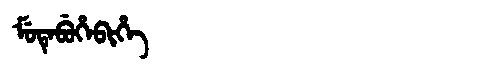
Manchu: ᠮᡠᡨᡝᠪᡠᡥᡝᠪᡳᡥᡝ
Romanization: MUTEBUHEBIHE